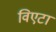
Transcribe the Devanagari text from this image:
विएटा